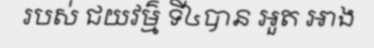
របស់ ជយវម៌្ម ទី៤បាន អួត អាង